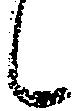
候